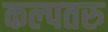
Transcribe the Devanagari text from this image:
कल्‍पतरु